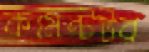
কমেন্টটর